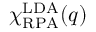
\chi _ { \mathrm { R P A } } ^ { \mathrm { L D A } } ( q )